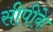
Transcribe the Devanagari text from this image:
सीपीके